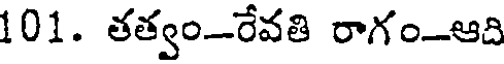
101. తత్వం-రేవతి రాగం-ఆది